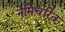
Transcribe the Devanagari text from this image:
नेमिचरित